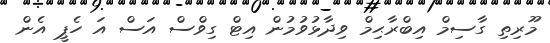
މޫރިތި ގާސިމް އިބްރާޙިމް ވިދާޅުވުމުން އިޓް ގިވްސް އަސް އަ ހެޕީ އެން